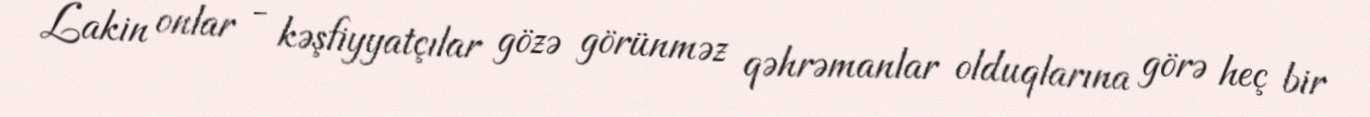
Lakin onlar - kəşfiyyatçılar gözə görünməz qəhrəmanlar olduqlarına görə heç bir